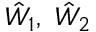
\hat { W } _ { 1 } , ~ \hat { W } _ { 2 }